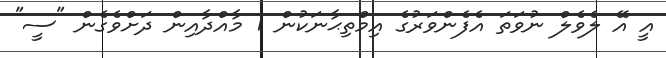
އީ އޭ ލެވެލް ނުވަތަ އެފެންވަރުގެ އިމްތިޙާނަކުން 1 މާއްދާއިން ދަށްވެގެން "ސީ"